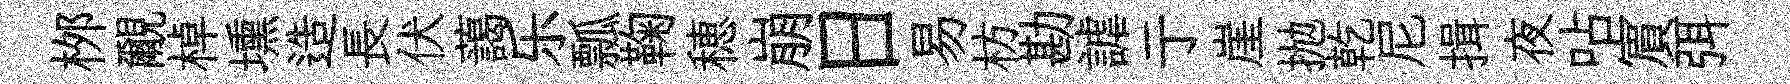
桞覼棹壎造長伏藹乐瓢鞠穂崩日易枋勘謔亍崖抛乾尼揖夜呫賔弭